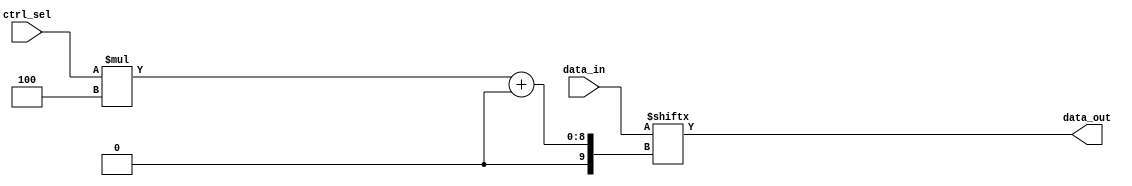
`timescale 1ns / 1ps
//////////////////////////////////////////////////////////////////////////////////
// Company: Mixel inc.
// 
// Design Name: 
// Module Name: mux
// Project Name: 
// Target Devices: 
// Tool Versions: 
// Description: 
// 
// Dependencies: 
// 
// Revision:
// Revision 0.01 - File Created
// Additional Comments:
// 
//////////////////////////////////////////////////////////////////////////////////


module gen_mux
#(parameter BUS_WIDTH = 4,
  parameter SEL = 5 )
( input wire [(BUS_WIDTH * (2**SEL) )-1:0] data_in,
  input wire [SEL-1:0] ctrl_sel,
  output reg [BUS_WIDTH-1:0] data_out );

  always @ ( * )
  begin
    data_out = data_in[ctrl_sel*BUS_WIDTH +: BUS_WIDTH];  //data_in[starting from(ctrl_sel*BUS_WIDTH) +: BUS_WIDTH]
                                                          //ctrl_sel=0 >> starting from 0: data_in[3:0]
                                                          //ctrl_sel=1 >> starting from 4: data_in[7:4]
                                                          //ctrl_sel=2 >> starting from 8: data_in[11:8]
  end
endmodule